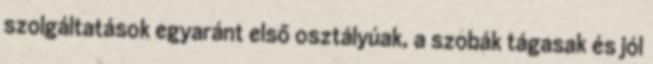
szolgáltatások egyaránt első osztályúak, a szobák tágasak és jól